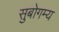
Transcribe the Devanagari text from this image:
सुबोगम्य